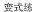
变式练